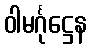
ဝါမင်္ဂုဋ္ဌေန